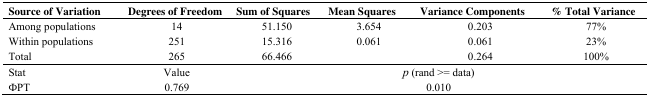
| Source of Variation | Degrees of Freedom | Sum of Squares | Mean Squares | Variance Components | % Total Variance |
 | --- | --- | --- | --- | --- | --- |
 | Among populations | 14 | 51.150 | 3.654 | 0.203 | 77% |
 | Within populations | 251 | 15.316 | 0.061 | 0.061 | 23% |
 | Total | 265 | 66.466 |  | 0.264 | 100% |
 | Stat | Value |  | <COLSPAN=2> p (rand >= data) |  |
 | ΦPT | 0.769 |  | <COLSPAN=2> 0.010 |  |